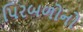
પિરબળોનો